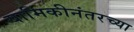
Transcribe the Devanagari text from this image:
यामिकीनंतरच्या